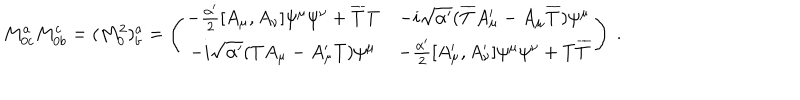
M _ { 0 c } ^ { a } M _ { 0 b } ^ { c } = ( M _ { 0 } ^ { 2 } ) _ { b } ^ { a } = \left( \begin{array} { c c } { { - \frac { \alpha ^ { \prime } } { 2 } [ A _ { \mu } , A _ { \nu } ] \psi ^ { \mu } \psi ^ { \nu } + \overline { { { T } } } T } } & { { - i \sqrt { \alpha ^ { \prime } } ( \overline { { { T } } } A _ { \mu } ^ { \prime } - A _ { \mu } \overline { { { T } } } ) \psi ^ { \mu } } } \\ { { - i \sqrt { \alpha ^ { \prime } } ( T A _ { \mu } - A _ { \mu } ^ { \prime } T ) \psi ^ { \mu } } } & { { - \frac { \alpha ^ { \prime } } { 2 } [ A _ { \mu } ^ { \prime } , A _ { \nu } ^ { \prime } ] \psi ^ { \mu } \psi ^ { \nu } + T \overline { { { T } } } } } \\ \end{array} \right) \ .